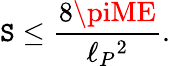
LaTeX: {\cal\mathtt{S}}\leq{\frac{{8\piME}}{{\ell_{P}{}^{2}}}}.